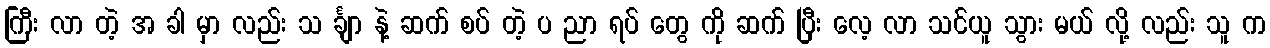
ကြီး လာ တဲ့ အ ခါ မှာ လည်း သ င်္ချာ နဲ့ ဆက် စပ် တဲ့ ပ ညာ ရပ် တွေ ကို ဆက် ပြီး လေ့ လာ သင်ယူ သွား မယ် လို့ လည်း သူ က